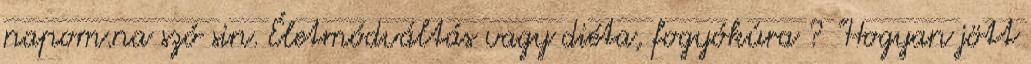
napom.na szó sin. Életmódváltás vagy diéta, fogyókúra ? "Hogyan jött